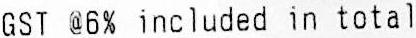
GST @6% INCLUDED IN TOTAL